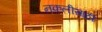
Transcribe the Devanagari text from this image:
नकलीसाठी